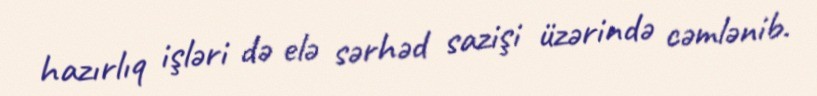
hazırlıq işləri də elə sərhəd sazişi üzərində cəmlənib.